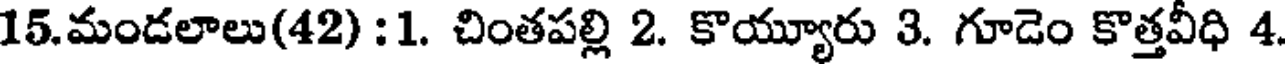
15.మండలాలు(42) :1. చింతపల్లి 2. కొయ్యూరు 3. గూడెం కొత్తవీధి 4